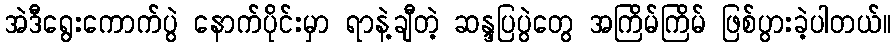
အဲဒီရွေးကောက်ပွဲ နောက်ပိုင်းမှာ ရာနဲ့ချီတဲ့ ဆန္ဒပြပွဲတွေ အကြိမ်ကြိမ် ဖြစ်ပွားခဲ့ပါတယ်။